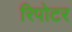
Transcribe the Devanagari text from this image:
रिपोटर